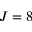
J = 8